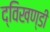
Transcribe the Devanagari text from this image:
द्विखण्डी